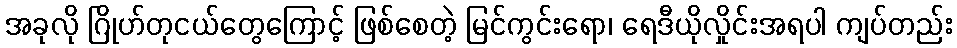
အခုလို ဂြိုဟ်တုငယ်တွေကြောင့် ဖြစ်စေတဲ့ မြင်ကွင်းရော၊ ရေဒီယိုလှိုင်းအရပါ ကျပ်တည်း